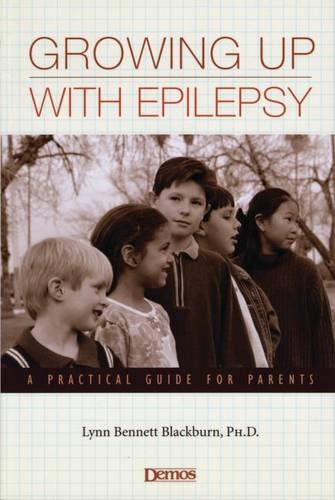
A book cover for Growing Up with Epilepsy; Lynn Bennett Blackburn PhD; Health, Fitness & Dieting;